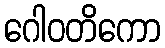
ဂေါဝတိကော